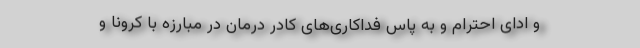
و ادای احترام و به پاس فداکاری‌های کادر درمان در مبارزه با کرونا و